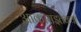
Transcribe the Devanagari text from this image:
आकाराइतक्या